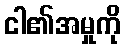
ငါ၏အမှုကို